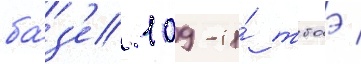
ба́з'е 109-и́ тбаэ /